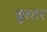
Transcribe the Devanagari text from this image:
ब्रुस्टर